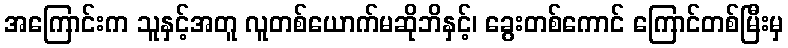
အကြောင်းက သူနှင့်အတူ လူတစ်ယောက်မဆိုဘိနှင့်၊ ခွေးတစ်ကောင် ကြောင်တစ်မြီးမှ